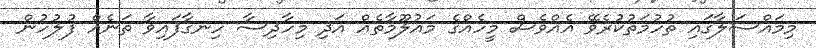
މިމައްސަލާގައި ތުހުމަތުކުރެވޭ އެއްވެސް މީހެއްގެ މައުލޫމާތެއް އަދި މިހާދިސާ ހިނގާފައިވާ ތަނެއް ފުލުހުން